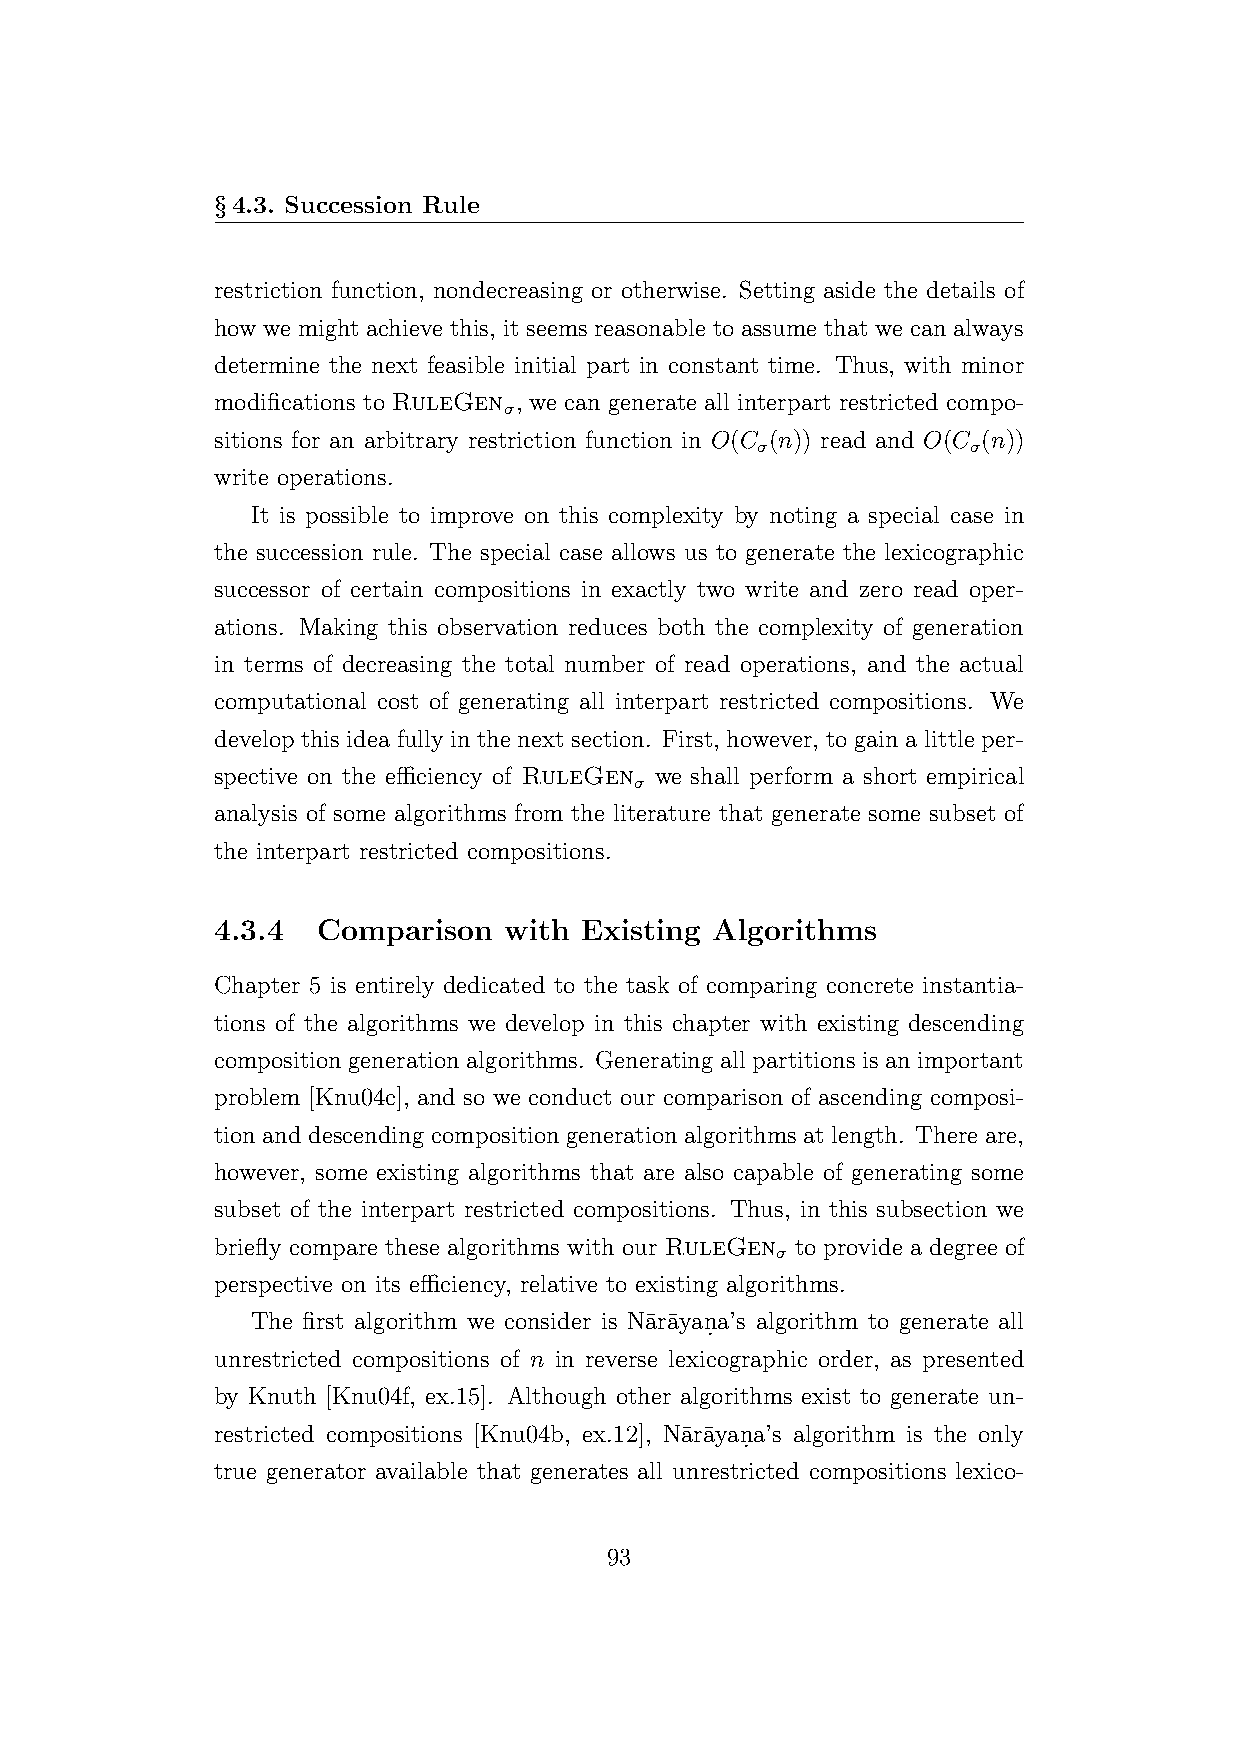
§4.3. Succession Rule
 restriction function, nondecreasing or otherwise. Setting aside the details of
 how we might achieve this, it seems reasonable to assume that we can always
 determine the next feasible initial part in constant time. Thus, with minor
 modifications to RuleGen , we can generate all interpart restricted compo-
 σ
 sitions for an arbitrary restriction function in O(C (n)) read and O(C (n))
 σ             σ
 write operations.
 It is possible to improve on this complexity by noting a special case in
 the succession rule. The special case allows us to generate the lexicographic
 successor of certain compositions in exactly two write and zero read oper-
 ations. Making this observation reduces both the complexity of generation
 in terms of decreasing the total number of read operations, and the actual
 computational cost of generating all interpart restricted compositions. We
 develop this idea fully in the next section. First, however, to gain a little per-
 spective on the efficiency of RuleGen we shall perform a short empirical
 σ
 analysis of some algorithms from the literature that generate some subset of
 the interpart restricted compositions.
 4.3.4  Comparison  with Existing Algorithms
 Chapter 5 is entirely dedicated to the task of comparing concrete instantia-
 tions of the algorithms we develop in this chapter with existing descending
 composition generation algorithms. Generating all partitions is an important
 problem [Knu04c], and so we conduct our comparison of ascending composi-
 tion and descending composition generation algorithms at length. There are,
 however, some existing algorithms that are also capable of generating some
 subset of the interpart restricted compositions. Thus, in this subsection we
 briefly compare these algorithms with our RuleGen to provide a degree of
 σ
 perspective on its efficiency, relative to existing algorithms.
 The first algorithm we consider is Na¯ra¯yan.a’s algorithm to generate all
 unrestricted compositions of n in reverse lexicographic order, as presented
 by Knuth [Knu04f, ex.15]. Although other algorithms exist to generate un-
 restricted compositions [Knu04b, ex.12], Na¯r¯ayan.a’s algorithm is the only
 true generator available that generates all unrestricted compositions lexico-
 93